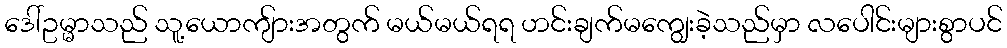
ဒေါ်ဥမ္မာသည် သူ့ယောကျ်ားအတွက် မယ်မယ်ရရ ဟင်းချက်မကျွေးခဲ့သည်မှာ လပေါင်းများစွာပင်